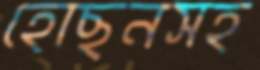
হোছনসহ